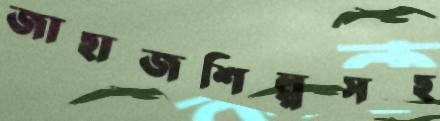
জাহাজশিল্পসহ